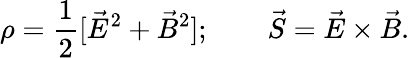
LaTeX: \rho={\frac{1}{2}}[\vec{E}^{2}+\vec{B}^{2}];\qquad\vec{S}=\vec{E}\times\vec{B}.